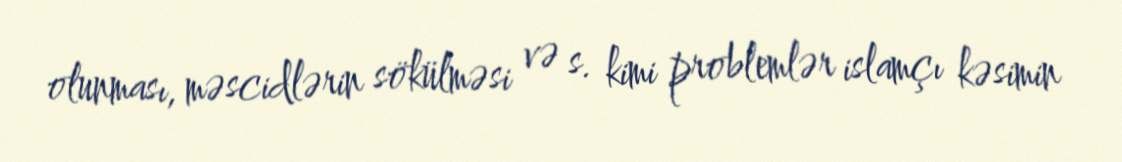
olunması, məscidlərin sökülməsi və s. kimi problemlər islamçı kəsimin